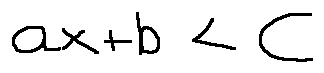
a x + b < c